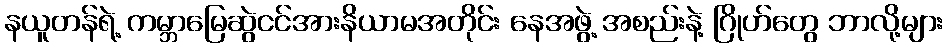
နယူတန်ရဲ့ ကမ္ဘာမြေဆွဲငင်အားနိယာမအတိုင်း နေအဖွဲ့ အစည်းနဲ့ ဂြိုဟ်တွေ ဘာလို့များ